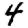
Digit: 4